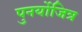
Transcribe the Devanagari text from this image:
पुनर्योजित्र